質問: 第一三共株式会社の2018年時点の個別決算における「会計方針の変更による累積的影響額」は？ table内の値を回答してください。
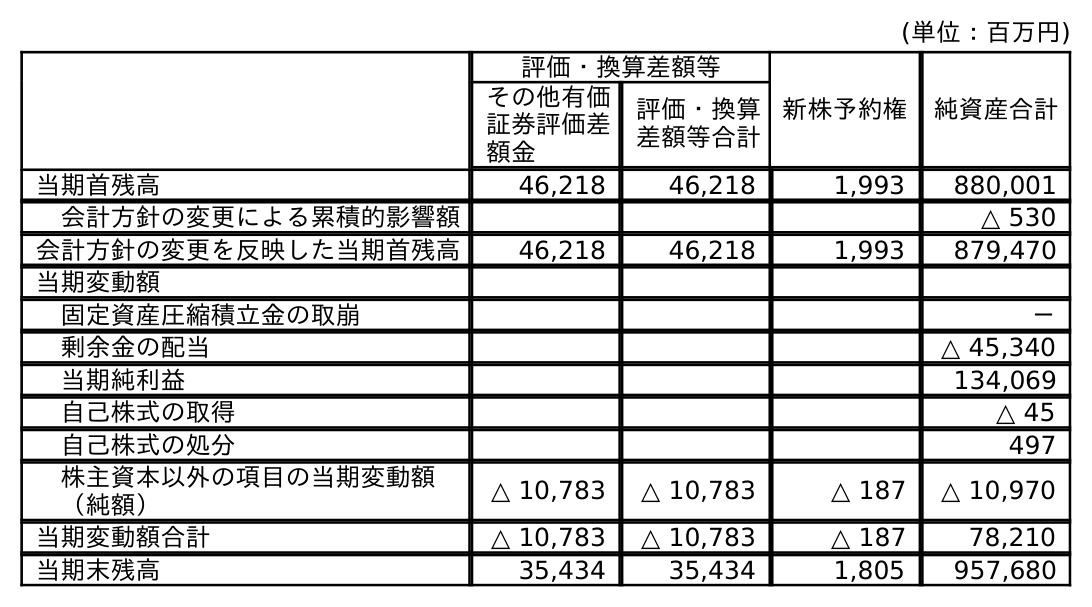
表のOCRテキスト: (単位：百万円) 評価・換算差額等 新株予約権 純資産合計 その他有価 証券評価差 額金 評価・換算 差額等合計 当期首残高 46,218 46,218 1,993 880,001 会計方針の変更による累積的影響額 △ 530 会計方針の変更を反映した当期首残高 46,218 46,218 1,993 879,470 当期変動額 固定資産圧縮積立金の取崩 － 剰余金の配当 △ 45,340 当期純利益 134,069 自己株式の取得 △ 45 自己株式の処分 497 株主資本以外の項目の当期変動額 （純額） △ 10,783 △ 10,783 △ 187 △ 10,970 当期変動額合計 △ 10,783 △ 10,783 △ 187 78,210 当期末残高 35,434 35,434 1,805 957,680
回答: △530